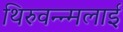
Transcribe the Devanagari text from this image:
थिरुवन्न्मलाई